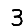
Digit: 3